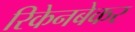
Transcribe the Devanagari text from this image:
रिकेनबेकर